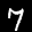
Label: 7